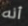
أنه